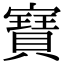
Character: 𭔟